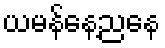
ယမန်နေ့ညနေ